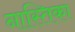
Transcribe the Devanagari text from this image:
नास्तिका